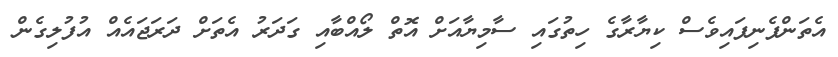
އެތަންފެނިފައިވެސް ކިޔާރާގެ ހިތުގައި ސާމިޔާއަށް އޮތް ލޯއްބާއި ގަދަރު އެތަށް ދަރަޖައެއް އުފުލިގެން